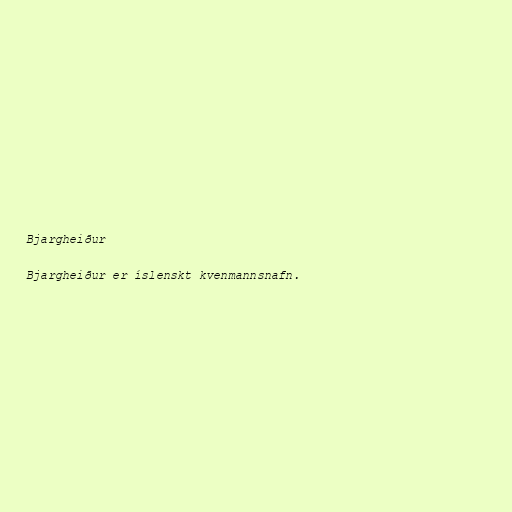
Bjargheiður

Bjargheiður er íslenskt kvenmannsnafn.